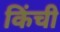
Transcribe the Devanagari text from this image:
किंची